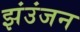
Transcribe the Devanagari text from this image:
झंउंजन